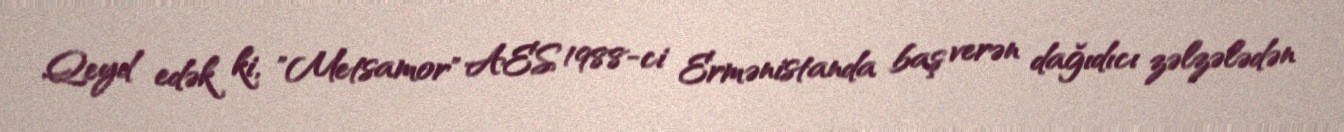
Qeyd edək ki, "Metsamor" AES 1988-ci Ermənistanda baş verən dağıdıcı zəlzələdən